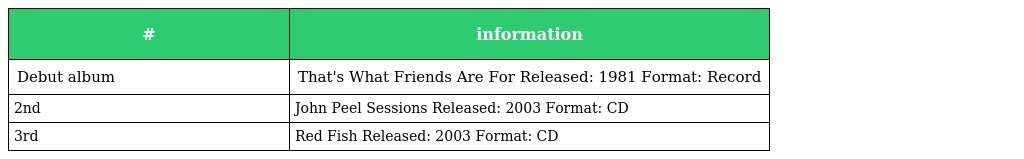
| # | information |
 | --- | --- |
 | Debut album | That's What Friends Are For Released: 1981 Format: Record |
 | 2nd | John Peel Sessions Released: 2003 Format: CD |
 | 3rd | Red Fish Released: 2003 Format: CD |